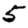
Digit: 5